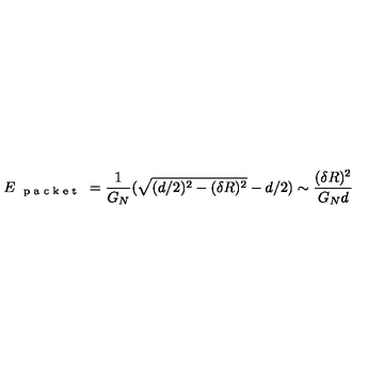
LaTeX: E _ { \textup { \scriptsize { p a c k e t } } } = \frac { 1 } { G _ { N } } ( \sqrt { ( d / 2 ) ^ { 2 } - ( \delta R ) ^ { 2 } } - d / 2 ) \sim \frac { ( \delta R ) ^ { 2 } } { G _ { N } d }